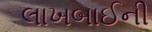
લાખબાઈની